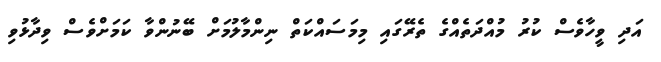
އަދި ވީހާވެސް ކުރު މުއްދަތެއްގެ ތެރޭގައި މިމަސައްކަތް ނިންމާލުމަށް ބޭނުންވާ ކަމަށްވެސް ވިދާޅުވި